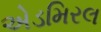
એડમિરલ